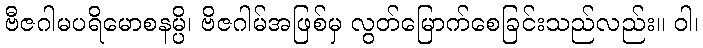
ဗီဇဂါမပရိမောစနမ္ပိ၊ ဗိဇဂါမ်အဖြစ်မှ လွတ်မြောက်စေခြင်းသည်လည်း။ ဝါ၊